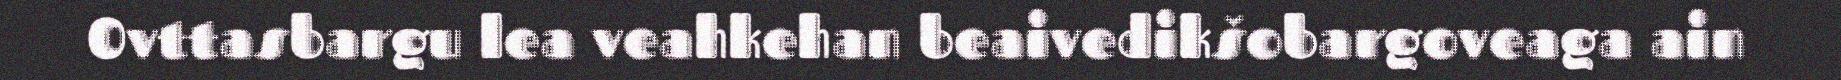
Ovttasbargu lea veahkehan beaivedikšobargoveaga ain